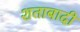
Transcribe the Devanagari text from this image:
शताबादी